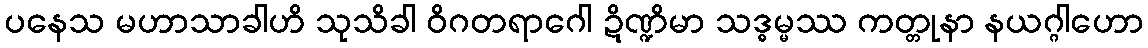
ပနေသ မဟာသာခါဟိ သုသိခါ ဝိဂတရာဂေါ ဍိဏ္ဍိမာ သဒ္ဓမ္မဿ ကတ္တုနာ နယဂ္ဂါဟော